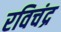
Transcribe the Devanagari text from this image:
रविचंद्र